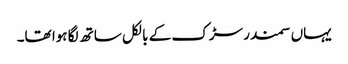
یہاں سمندر سڑک کے بالکل ساتھ لگا ہوا تھا۔